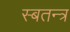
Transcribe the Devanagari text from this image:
स्बतन्त्र